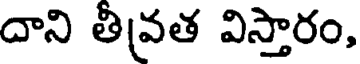
దాని తీవ్రత విస్తారం,